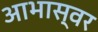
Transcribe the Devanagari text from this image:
आभास्वर